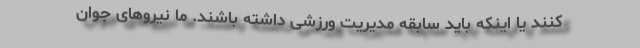
کنند یا اینکه باید سابقه مدیریت ورزشی داشته باشند. ما نیروهای جوان